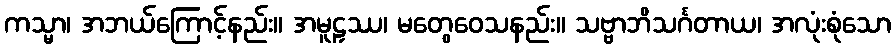
ကသ္မာ၊ အဘယ်ကြောင့်နည်း။ အမူဠှဿ၊ မတွေဝေသနည်း။ သဗ္ဗာဘိသင်္ဂတာယ၊ အလုံးစုံသော